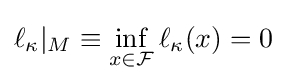
\ell _{\kappa }|_{M}\equiv \inf _{x\in {\mathcal {F}}}\ell _{\kappa }(x)=0